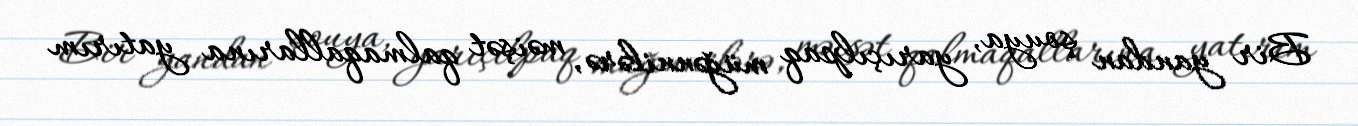
Bir yandan şouya, yarıçılpaq müğənnilərə, məişət qalmaqallarına yatırım